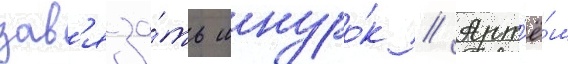
зав'яза́ть шнуро́к // Арт'ё́м